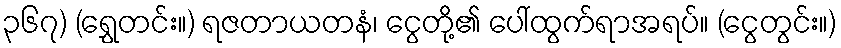
၃၆၇) (ရွှေတင်း။) ရဇတာယတနံ၊ ငွေတို့၏ ပေါ်ထွက်ရာအရပ်။ (ငွေတွင်း။)